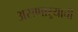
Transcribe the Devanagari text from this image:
असणाऱ्याची